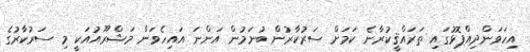
އިހަވަންދިއްޕޮޅުގައި ތަރައްޤީކުރާނެ ކަމަށް ސަރުކާރުން ބުނަމުން އަންނަ އައިހެވަން މަޝްރޫއުއަކީ މި ސަރުކާރުގެ